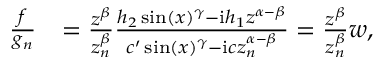
\begin{array} { r l } { \frac { f } { g _ { n } } } & { = \frac { z ^ { \beta } } { z _ { n } ^ { \beta } } \frac { h _ { 2 } \sin ( x ) ^ { \gamma } - \mathrm { i } h _ { 1 } z ^ { \alpha - \beta } } { c ^ { \prime } \sin ( x ) ^ { \gamma } - \mathrm { i } c z _ { n } ^ { \alpha - \beta } } = \frac { z ^ { \beta } } { z _ { n } ^ { \beta } } w , } \end{array}